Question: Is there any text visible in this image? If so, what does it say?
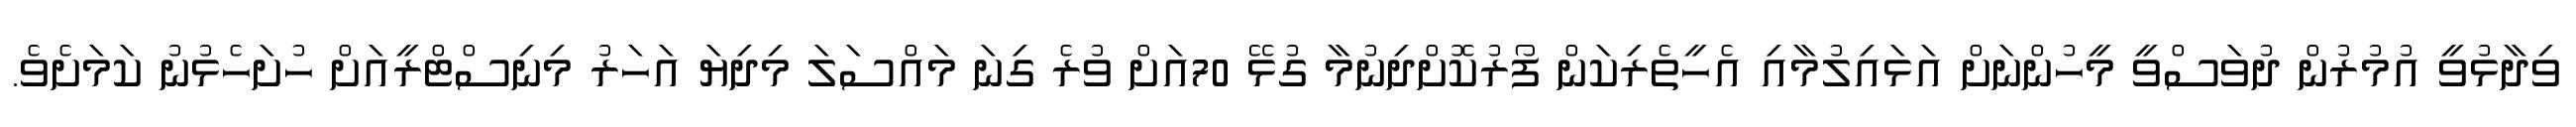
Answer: ވިދާޅުވީ އުމުރުން ދުވަސްވީ މީހުންނަށް އަޅައިލުމާއި އެހީތެރިކަން ފޯރުކޮށްދިނުމާ ގުޅޭ 70އަށް ވުރެ ގިނަ މައްސަލަ މިދިޔަ އަހަރު މިނިސްޓްރީއަށް ހުށަހެޅުނު ކަމަށެވެ.